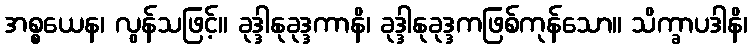
အစ္စယေန၊ လွန်သဖြင့်။ ခုဒ္ဒါနုခုဒ္ဒကာနိ၊ ခုဒ္ဒါနုခုဒ္ဒကဖြစ်ကုန်သော။ သိက္ခာပဒါနိ၊